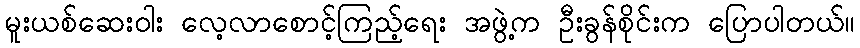
မူးယစ်ဆေးဝါး လေ့လာစောင့်ကြည့်ရေး အဖွဲ့က ဦးခွန်စိုင်းက ပြောပါတယ်။